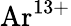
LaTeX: {\mathrm{Ar}}^{13+}